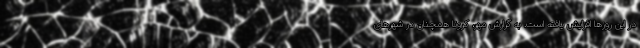
در این روزها افزایش یافته است. به گزارش مهر، کرونا همچنان در شهرهای